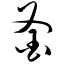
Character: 釜